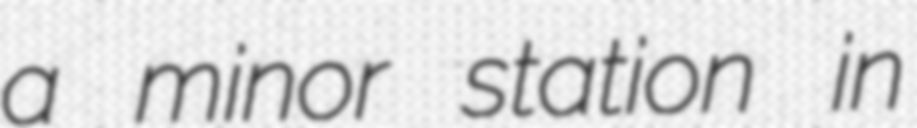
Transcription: a minor station in